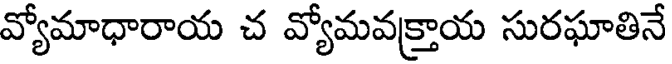
వ్యోమాధారాయ చ వ్యోమవక్రాయ సురఘాతినే